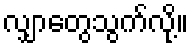
လျှာတွေသွက်လို့။